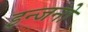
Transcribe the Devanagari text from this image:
इन्जनो